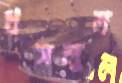
ধসলুম